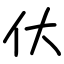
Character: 㐲